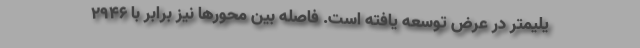
یلیمتر در عرض توسعه یافته است. فاصله بین محورها نیز برابر با 2946